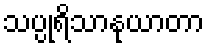
သပ္ပုရိသာနုယာတာ